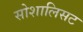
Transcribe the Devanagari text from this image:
सोशालिसट